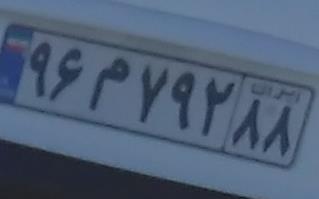
۹۶م۷۹۲۸۸